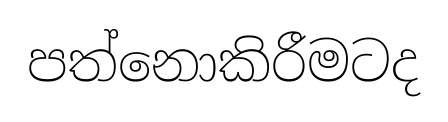
පත්නොකිරීමටද